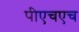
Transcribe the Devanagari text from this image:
पीएचएच